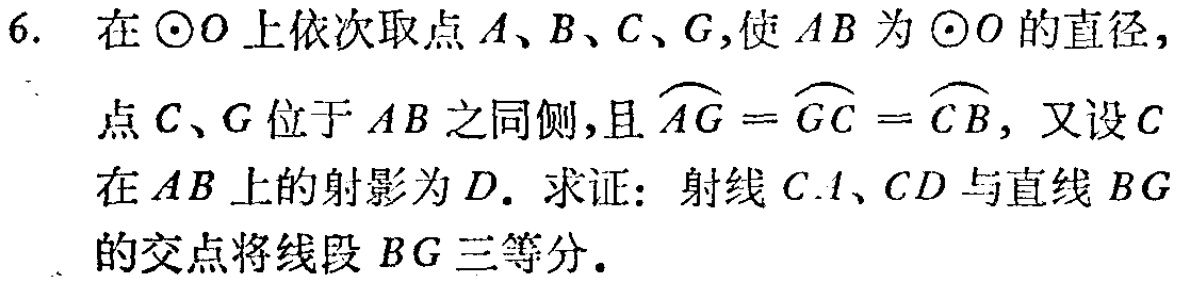
6. 在\(\odot O\)上依次取点\(A、B、C、G\)，使\(AB\)为\(\odot O\)的直径，
点\(C、G\)位于\(AB\)之同侧，且\(\overset{\frown}{AG}=\overset{\frown}{GC}=\overset{\frown}{CB}\)，又设\(C\)在\(AB\)上的射影为\(D\). 求证：射线\(CA、CD\)与直线\(BG\)的交点将线段\(BG\)三等分.